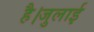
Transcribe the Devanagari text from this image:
है।जुलाई